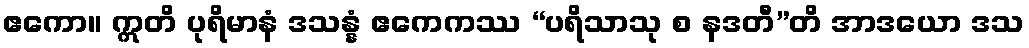
ဧကော။ ဣတိ ပုရိမာနံ ဒသန္နံ ဧကေကဿ “ပရိသာသု စ နဒတီ”တိ အာဒယော ဒသ